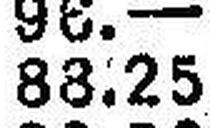
88.25